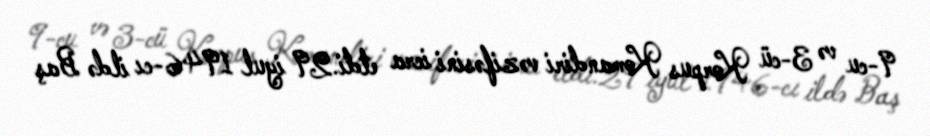
9-cu və 3-cü Korpus Komandiri vəzifəsini icra etdi.29 iyul 1946-cı ildə Baş